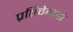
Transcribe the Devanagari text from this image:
प्रतिवेदनो